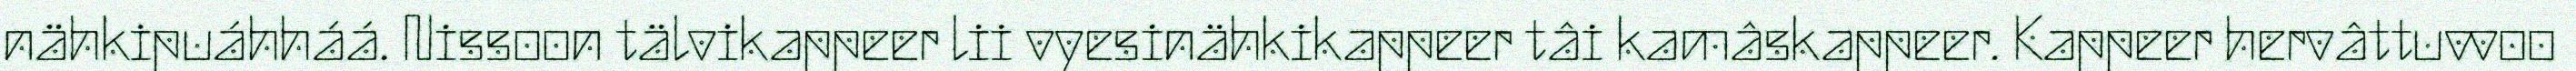
nähkipuáhháá. Nissoon tälvikappeer lii vyesinähkikappeer tâi kamâskappeer. Kappeer hervâttuvvoo